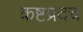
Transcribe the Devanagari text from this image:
कष्टप्रदच